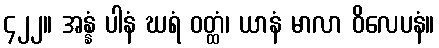
၄၂၂။ အန္နံ ပါနံ ဃရံ ဝတ္ထံ၊ ယာနံ မာလာ ဝိလေပနံ။